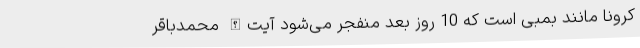
کرونا مانند بمبی است که 10 روز بعد منفجر می‌شود آیت‌الله محمدباقر